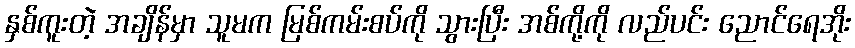
နှစ်ကူးတဲ့ အချိန်မှာ သူမက မြစ်ကမ်းစပ်ကို သွားပြီး အစ်ကို့ကို လည်ပင်း ညောင်ရေအိုး